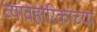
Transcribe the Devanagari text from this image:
व्यावहारिकाच्या